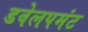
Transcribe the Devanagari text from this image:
डवेलपमंट